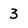
Character: 3